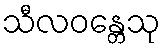
သီလဝန္တေသု